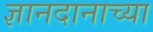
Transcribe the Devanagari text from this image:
ज्ञानदानाच्या